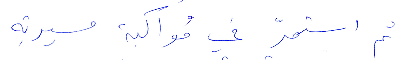
ثم استمرّ في مواكبة مسيرته